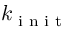
k _ { \textrm { i n i t } }